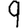
Digit: 9